Indian journal of veterinary science and animal husbandry - Volume 7,
Year: 1937
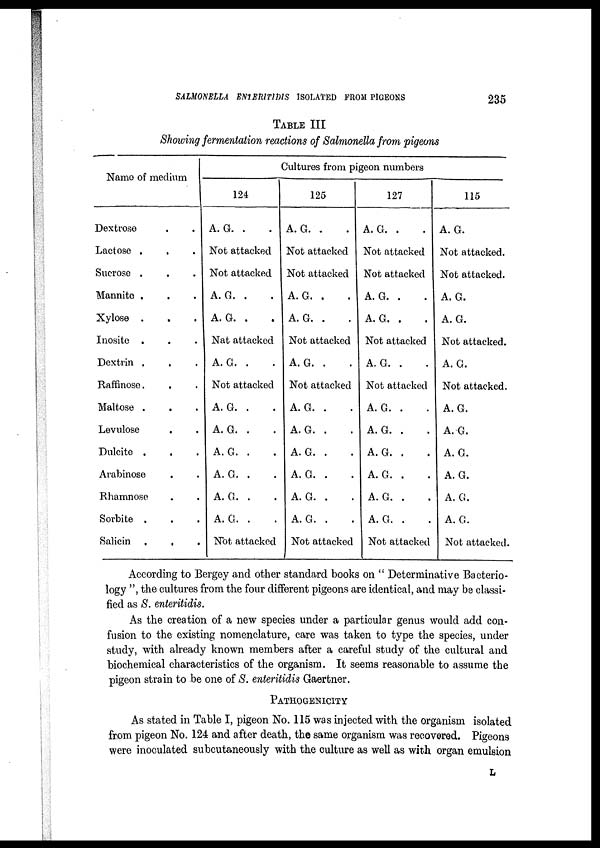
SALMONELLA ENTERITIDIS ISOLATED FROM PIGEONS
235
TABLE III
Showing fermentation reactions of Salmonella from pigeons
Name of medium
Dextrose . .
Lactose . . .
Sucrose . . .
Mannite . . .
Xylose . . .
Inosite . . .
Dextrin . . .
Raffinose . . .
Maltose . . .
Levulose . .
Dulcite . . .
Arabinose . .
Rhamnose . .
Sorbite . . .
Salicin . . .
Cultures from pigeon numbers
124
A. G. . .
Not attacked
Not attacked
A. G. . .
A. G. . .
Nat attacked
A. G. . .
Not attacked
A. G. . .
A. G. . .
A. G. . .
A. G. . .
A. G. . .
A. G. . .
Not attacked
125
A. G. . .
Not attacked
Not attacked
A. G. . .
A. G. . .
Not attacked
A. G. . .
Not attacked
A. G. . .
A. G. . .
A. G. . .
A. G. . .
A. G. . .
A. G. . .
Not attacked
127
A. G. . .
Not attacked
Not attacked
A. G. . .
A. G. . .
Not attacked
A. G. . .
Not attacked
A. G. . .
A. G. . .
A. G. . .
A. G. . .
A. G. . .
A. G. . .
Not attacked
115
A. G.
Not attacked.
Not attacked.
A. G.
A. G.
Not attacked.
A. G.
Not attacked.
A. G.
A. G.
A. G.
A. G.
A. G.
A. G.
Not attacked.
According to Bergey and other standard books on " Determinative Bacterio-
logy ", the cultures from the four different pigeons are identical, and may be classi-
fied as S. enteritidis.
As the creation of a new species under a particular genus would add con-
fusion to the existing nomenclature, care was taken to type the species, under
study, with already known members after a careful study of the cultural and
biochemical characteristics of the organism. It seems reasonable to assume the
pigeon strain to be one of S. enteritidis Gaertner.
PATHOGENICITY
As stated in Table I, pigeon No. 115 was injected with the organism isolated
from pigeon No. 124 and after death, the same organism was recovered. Pigeons
were inoculated subcutaneously with the culture as well as with organ emulsion
L